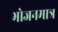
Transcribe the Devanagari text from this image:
भोजनमात्र